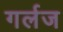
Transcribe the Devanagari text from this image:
गर्लज